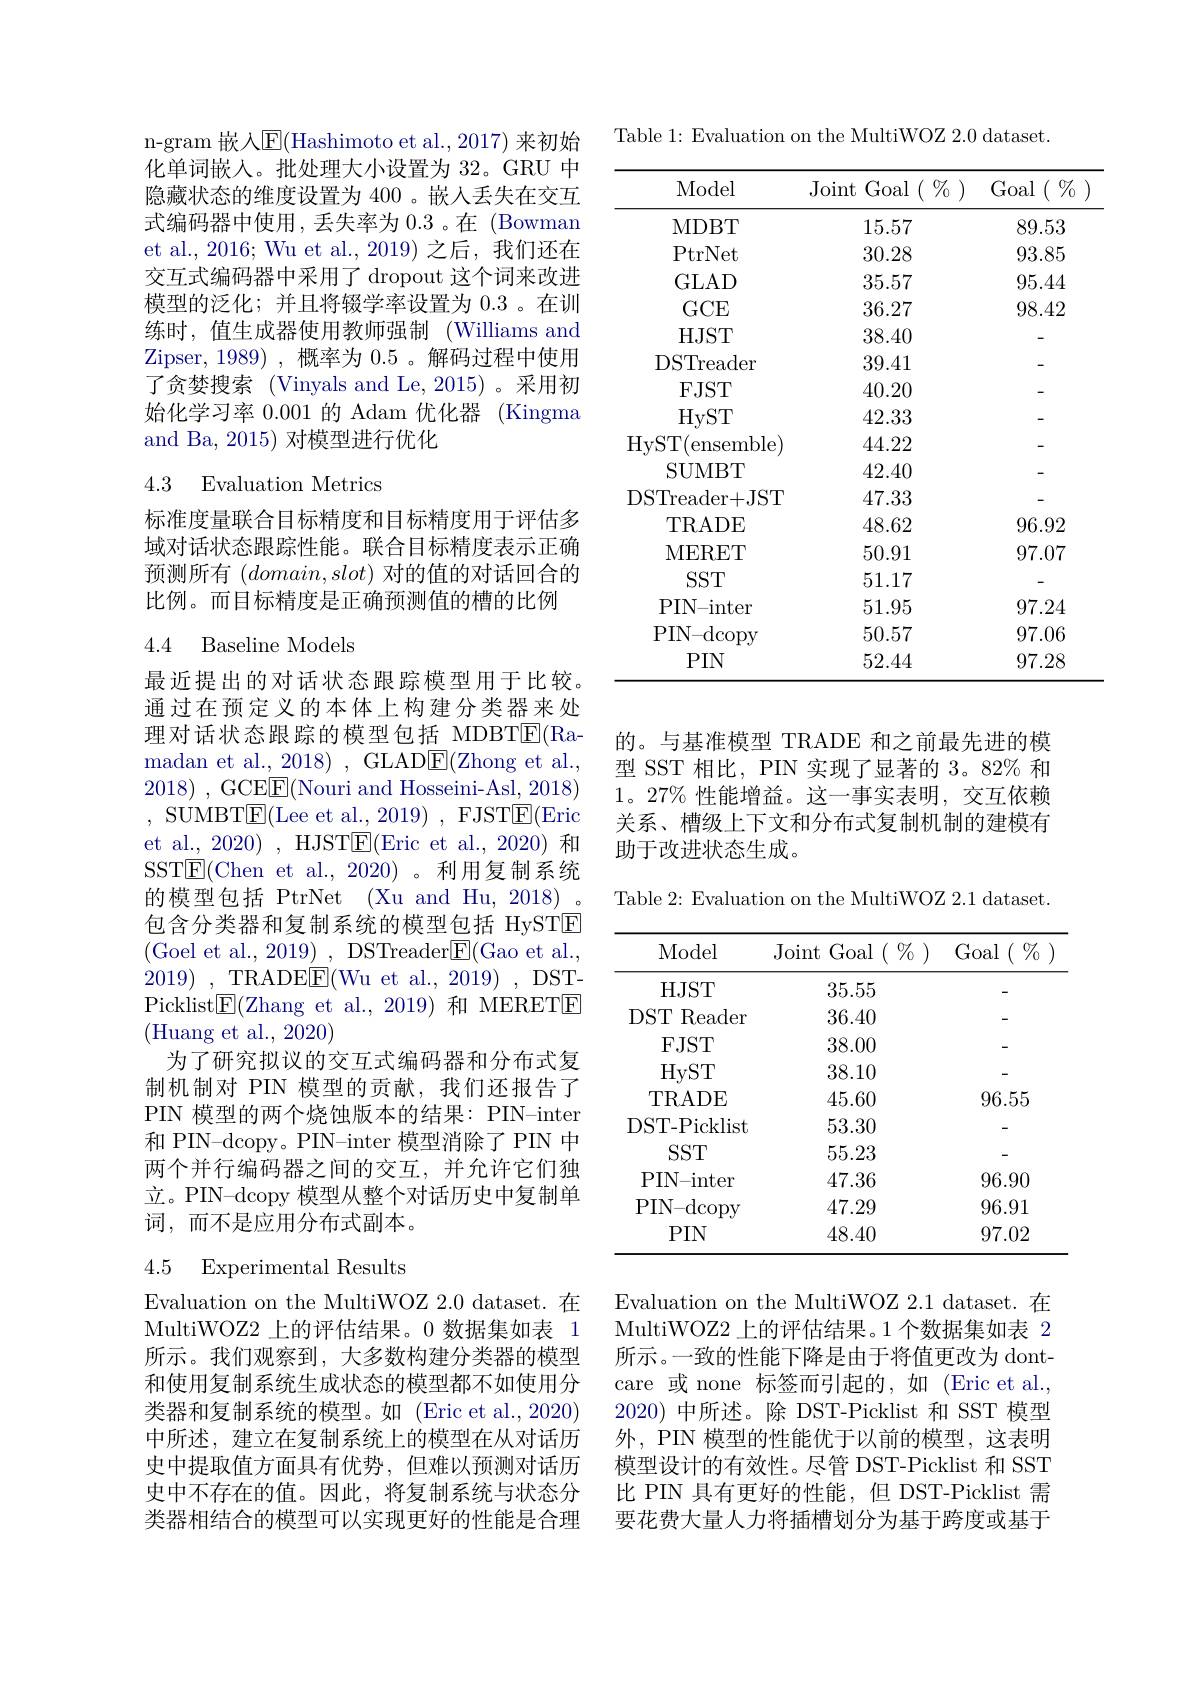
n-gram 嵌入E(Hashimoto et al.,2017) 来初始化单词嵌人。批处理大小设置为 32。GRU 中隐藏状态的维度设置为 400 。嵌入丢失在交互式编码器中使用，丢失率为 0.3 。在 (Bowman et al.,2016; Wu et al.,2019) 之后，我们还在交互式编码器中采用了 dropout 这个词来改进模型的泛化；并且将辍学率设置为 0.3 。在训练时，值生成器使用教师强制(Williams and Zipser,1989),概率为 0.5。解码过程中使用了贪婪搜索 (Vinyals and Le,2015)。采用初始化学习率 0.001 的 Adam 优化器 (Kingma and Ba, 2015) 对模型进行优化

## 4.3 Evaluation Metrics

标准度量联合目标精度和目标精度用于评估多域对话状态跟踪性能。联合目标精度表示正确预测所有$(domain,slot)$对的值的对话回合的比例。而目标精度是正确预测值的槽的比例

## 4.4 Baseline Models

最近提出的对话状态跟踪模型用于比较。通过在预定义的本体上构建分类器来处理对话状态跟踪的模型包括 MDBT$\overline{\mathrm{E}}($Ramadan et al. , 2018) , GLADE( Zhong et al. 2018) , GCEE$\underline {\mathrm{E} }($Nouri and Hosseini-Asl, 2018) ,SUMBT$\underline{\mathrm{E}}($Lee et al.,2019),FJST$\underline{\mathrm{E}}($Eric et al., 2020) , HJST$\underline{\mathrm{E}}($Eric et al., 2020) 和SST$\underline{\mathrm{E}}($Chen et al.,2020)。利用复制系统的模型包括 PtrNet (Xu and Hu, 2018) , 包含分类器和复制系统的模型包括 HySTE (Goel et al., 2019) , DSTreader$\boxed{\mathrm{E}}($Gao et al., 2019) , TRADEE( Wu et al. , 2019) , DST- Picklist$\boxed{\mathrm{F}}($Zhang et al.,2019)和 MERETE (Huang et al., 2020)
为了研究拟议的交互式编码器和分布式复制机制对 PIN 模型的贡献，我们还报告了PIN 模型的两个烧蚀版本的结果：PIN-inter 和 PIN-dcopy。PIN-inter 模型消除了 PIN 中两个并行编码器之间的交互，并允许它们独立。PIN-dcopy 模型从整个对话历史中复制单词，而不是应用分布式副本。

## 4.5 Experimental Results

Evaluation on the MultiWOZ 2.0 dataset. 在MultiWOZ2 上的评估结果。0 数据集如表 1所示。我们观察到，大多数构建分类器的模型和使用复制系统生成状态的模型都不如使用分类器和复制系统的模型。如 (Eric et al.,2020) 中所述，建立在复制系统上的模型在从对话历史中提取值方面具有优势，但难以预测对话历史中不存在的值。因此，将复制系统与状态分类器相结合的模型可以实现更好的性能是合理

Table 1: Evaluation on the MultiWOZ 2.0 dataset.

<table>
	<tbody>
		<tr>
			<th>Model</th>
			<th>Joint Goal $(\begin{array}{c}{0}{{\mathcal{T}}}\\{0}\end{array})$ </th>
			<th>$\operatorname{Goal}\left(\begin{array}{c}{{\mathcal{V}}_{0}}\end{array}\right)$</th>
		</tr>
		<tr>
			<td>MDBT</td>
			<td>15.57</td>
			<td>89.53</td>
		</tr>
		<tr>
			<td>PtrNet</td>
			<td>30.28</td>
			<td>93.85</td>
		</tr>
		<tr>
			<td>GLAD</td>
			<td>35.57</td>
			<td>95.44</td>
		</tr>
		<tr>
			<td>$GCE$</td>
			<td>36.27</td>
			<td>98.42</td>
		</tr>
		<tr>
			<td>$HJST$</td>
			<td>38.40</td>
			<td> </td>
		</tr>
		<tr>
			<td>DSTreader</td>
			<td>39.41</td>
			<td> </td>
		</tr>
		<tr>
			<td>$FJST$</td>
			<td>40.20</td>
			<td> </td>
		</tr>
		<tr>
			<td>HyST</td>
			<td>42.33</td>
			<td> </td>
		</tr>
		<tr>
			<td>HyST( ensemble</td>
			<td>44.22</td>
			<td> </td>
		</tr>
		<tr>
			<td>SUMBT</td>
			<td>42.40</td>
			<td> </td>
		</tr>
		<tr>
			<td>DSTreader+ JST</td>
			<td>47.33</td>
			<td> </td>
		</tr>
		<tr>
			<td>TRADE</td>
			<td>48.62</td>
			<td>96.92</td>
		</tr>
		<tr>
			<td>MERET</td>
			<td>50.91</td>
			<td>97.07</td>
		</tr>
		<tr>
			<td>$SST$</td>
			<td>51.17</td>
			<td> </td>
		</tr>
		<tr>
			<td>PIN- inter</td>
			<td>51.95</td>
			<td>97.24</td>
		</tr>
		<tr>
			<td>PIN- dcopy</td>
			<td>50.57</td>
			<td>97.06</td>
		</tr>
		<tr>
			<td>$PIN$</td>
			<td>52.44</td>
			<td>97.28</td>
		</tr>
	</tbody>
</table>

的。与基准模型 TRADE 和之前最先进的模型 SST 相比，PIN 实现了显著的 3。82% 和$1。27\%$性能增益。这一事实表明，交互依赖关系、槽级上下文和分布式复制机制的建模有助于改进状态生成。

Table 2: Evaluation on the MultiWOZ 2.1 dataset.

<table>
	<tbody>
		<tr>
			<th>Model</th>
			<th>Joint Goal $I(\begin{array}{c}{0}{{\mathcal{V}}}\\{0}\end{array})$ 1</th>
			<th>$\operatorname{Goal}\left(\begin{array}{c}{0}{{\mathcal T}}_{0}\end{array}\right.$</th>
		</tr>
		<tr>
			<td>$HJST$</td>
			<td>35.55</td>
			<td> </td>
		</tr>
		<tr>
			<td>$DST$ Reader</td>
			<td>36.40</td>
			<td> </td>
		</tr>
		<tr>
			<td>$FJST$</td>
			<td>38.00</td>
			<td> </td>
		</tr>
		<tr>
			<td>HyST</td>
			<td>38.10</td>
			<td> </td>
		</tr>
		<tr>
			<td>TRADE</td>
			<td>45.60</td>
			<td>96.55</td>
		</tr>
		<tr>
			<td>DST- Picklist</td>
			<td>53.30</td>
			<td> </td>
		</tr>
		<tr>
			<td>$SST$</td>
			<td>55.23</td>
			<td> </td>
		</tr>
		<tr>
			<td>PIN- inter</td>
			<td>47.36</td>
			<td>96.90</td>
		</tr>
		<tr>
			<td>PIN- dcopy</td>
			<td>47.29</td>
			<td>96.91</td>
		</tr>
		<tr>
			<td>$PIN$</td>
			<td>48.40</td>
			<td>97.02</td>
		</tr>
	</tbody>
</table>

Evaluation on the MultiWOZ 2.1 dataset. 在MultiWOZ2 上的评估结果。1 个数据集如表 2所示。一致的性能下降是由于将值更改为 dontcare 或 none 标签而引起的，如 (Eric et al. 2020)中所述。除 DST-Picklist 和 SST 模型外，PIN 模型的性能优于以前的模型，这表明模型设计的有效性。尽管 DST-Picklist 和 SST 比 PIN 具有更好的性能，但 DST-Picklist 需要花费大量人力将插槽划分为基于跨度或基于